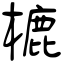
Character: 樚